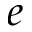
e